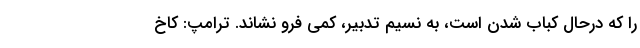
را که درحال کباب شدن است، به نسیم تدبیر، کمی فرو نشاند. ترامپ: کاخ